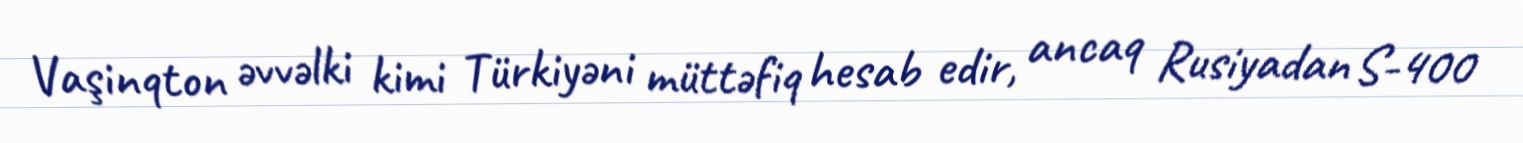
Vaşinqton əvvəlki kimi Türkiyəni müttəfiq hesab edir, ancaq Rusiyadan S-400